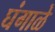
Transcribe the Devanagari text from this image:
घंगाळे